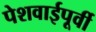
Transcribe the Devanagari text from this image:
पेशवाईपूर्वी